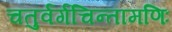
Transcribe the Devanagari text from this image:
चतुर्वर्गचिन्तामणिः